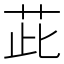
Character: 茈